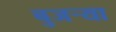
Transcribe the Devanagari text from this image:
बुजऱ्या